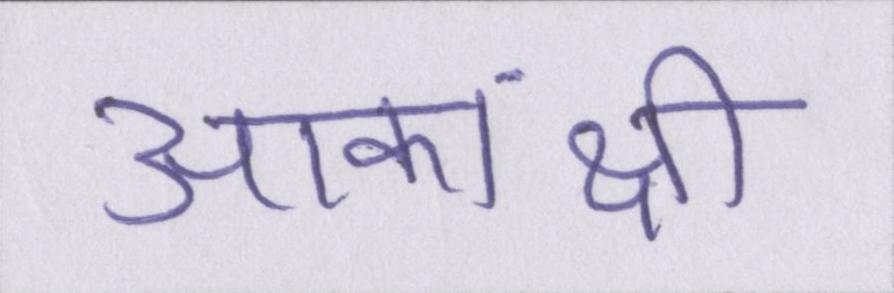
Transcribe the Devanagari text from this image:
आकांक्षी